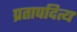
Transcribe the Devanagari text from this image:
प्रतापदित्य